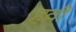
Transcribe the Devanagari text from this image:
हर्वी